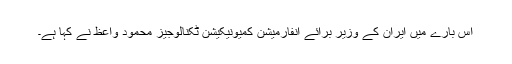
اس بارے میں ایران کے وزیر برائے انفارمیشن کمیونیکیشن ٹکنالوجیز محمود واعظ نے کہا ہے۔